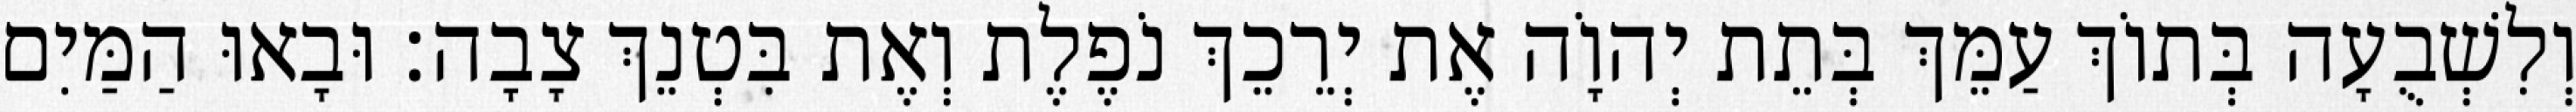
וְלִשְׁבֻעָה בְּתוֹךְ עַמֵּךְ בְּתֵת יְהוָֹה אֶת יְרֵכֵךְ נֹפֶלֶת וְאֶת בִּטְנֵךְ צָבָה׃ וּבָאוּ הַמַּיִם